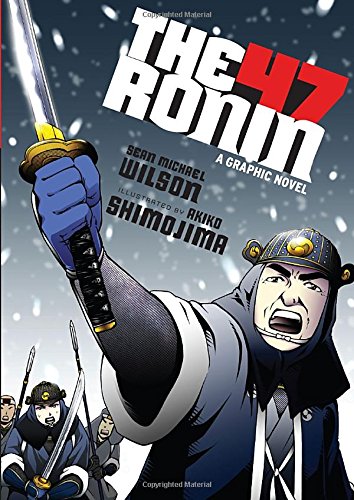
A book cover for The 47 Ronin: A Graphic Novel; Sean Michael Wilson; Comics & Graphic Novels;